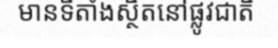
មានទីតាំងស្ថិតនៅផ្លូវជាតិ